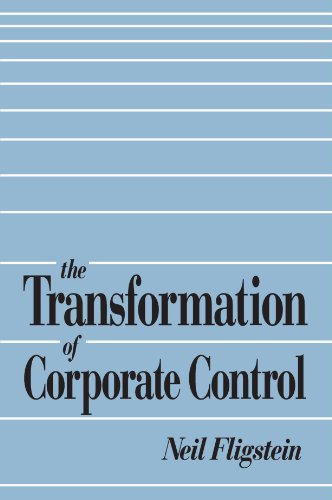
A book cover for The Transformation of Corporate Control; Neil Fligstein; Law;